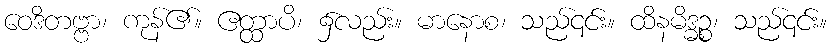
ဝေဒိတဗ္ဗာ၊ ကုန်၏။ ဧတ္ထာပိ၊ ၌လည်း။ မာနောစ၊ သည်၎င်း။ ထိနမိဒ္ဓဉ္စ၊ သည်၎င်း။